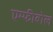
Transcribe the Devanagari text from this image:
एम्फीबोल